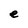
Character: e